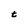
Character: t